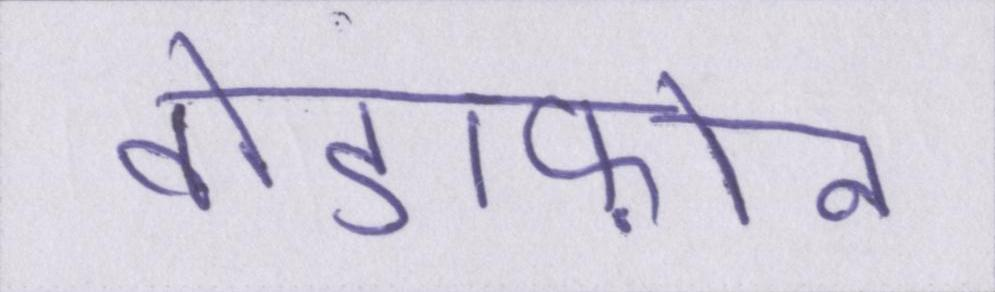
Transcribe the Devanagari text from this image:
वोडाफ़ोन